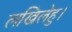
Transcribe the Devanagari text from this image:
लखिलेहु।